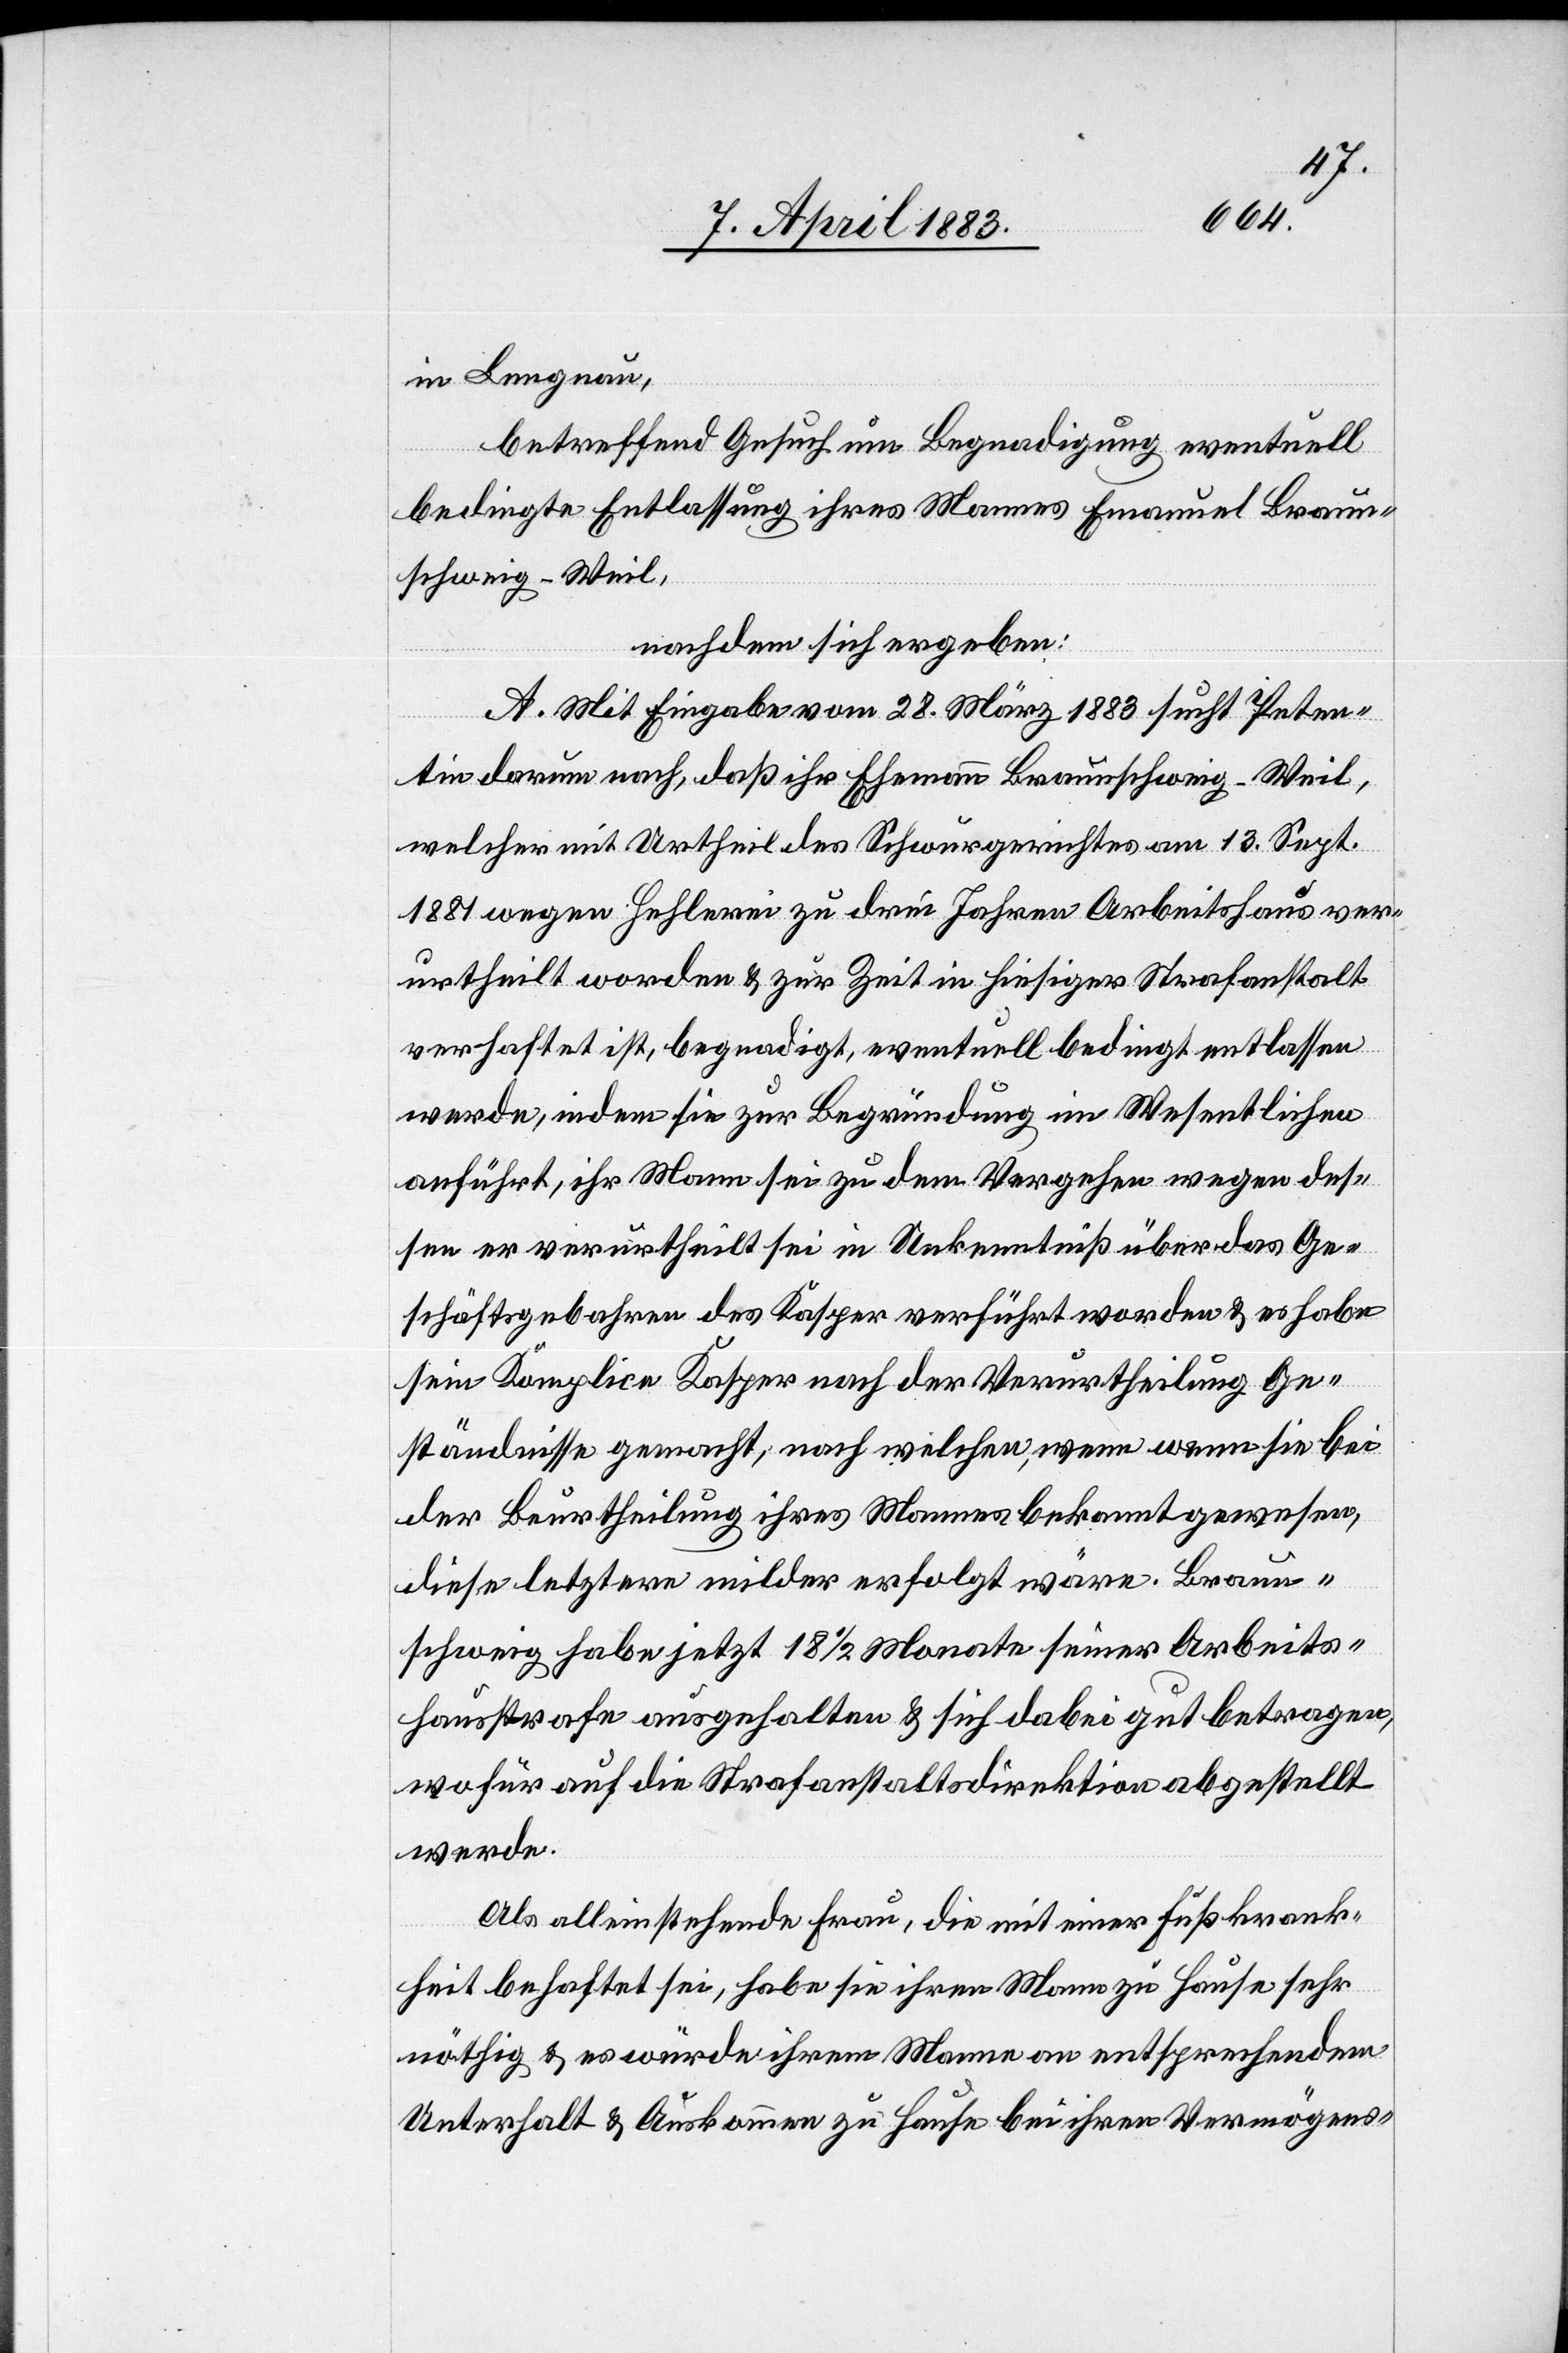
in Lengnau,
betreffend Gesuch um Begnadigung, eventuell
bedingte Entlassung ihres Mannes Emanuel Braun¬
schweig-Weil,
nachdem sich ergeben:
A. Mit Eingabe vom 28. März 1883 sucht Peten¬
tin darum nach, daß ihr Ehemann Braunschweig-Weil,
welcher mit Urtheil des Schwurgerichts am 13. Sept.
1881 wegen Hehlerei zu drei Jahren Arbeitshaus ver¬
urtheilt worden & zur Zeit in hiesiger Strafanstalt
verhaftet ist, begnadigt, eventuell bedingt entlassen
werde, indem sie zur Begründung im Wesentlichen
anführt, ihr Mann sei zu dem Vergehen wegen des¬
sen er verurtheilt sei in Unkenntniß über das Ge¬
schäftsgebahren des Kasper verführt worden & es habe
sein Komplice Kasper nach der Verurtheilung Ge¬
ständnisse gemacht, nach welchen, wenn wenn [sic!] sie
der Beurtheilung ihres Mannes bekannt gewesen,
diese letztere milder erfolgt wäre. Braun¬
schweig habe jetzt 18 1/2 Monate seiner Arbeits¬
hausstrafe ausgehalten & sich dabei gut betragen,
wofür auf die Strafanstaltsdirektion abgestellt
werde.
Als alleinstehende Frau, die mit einer Fußkrank¬
heit behaftet sei, habe sie ihren Mann zu Hause sehr
nöthig & es würde ihrem Manne an entsprechenden
Unterhalt & Auskommen zu Hause bei ihren Vermögens-